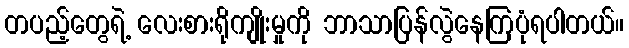
တပည့်တွေရဲ့ လေးစားရိုကျိုးမှုကို ဘာသာပြန်လွဲနေကြပုံရပါတယ်။